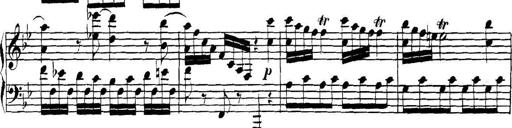
Title: Collected Piano Sonatas
Composer: Muzio Clementi